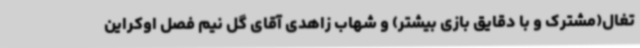
تغال(مشترک و با دقایق بازی بیشتر) و شهاب زاهدی آقای گل نیم فصل اوکراین